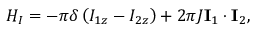
\begin{array} { r } { H _ { I } = - \pi \delta \left( I _ { 1 z } - I _ { 2 z } \right) + 2 \pi J \mathbf { I } _ { 1 } \cdot \mathbf { I } _ { 2 } , } \end{array}